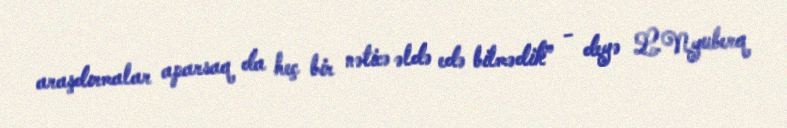
araşdırmalar aparsaq da heç bir nəticə əldə edə bilmədik” - deyə L.Nyuberq